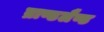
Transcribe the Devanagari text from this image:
ब्राण्डलैण्ड